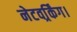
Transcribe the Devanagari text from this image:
नेटवर्र्किंग।